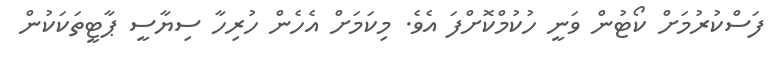
ފަސްކުރުމަށް ކޯޓުން ވަނީ ހުކުމްކޮށްފަ އެވެ. މިކަމަށް އެހެން ހުރިހާ ސިޔާސީ ޕާޓީތަކަކުން